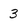
Character: 3